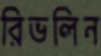
রিভলিন